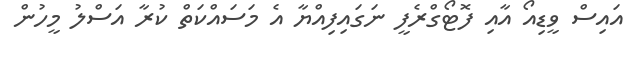
އައިސް ވީޑިއޯ އާއި ފޮޓޯގްރެފީ ނަގައިފިއްޔާ އެ މަސައްކަތް ކުރާ އަސްލު މީހުން